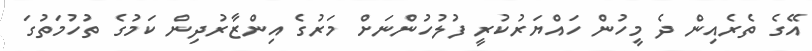
އޭގެ ތެރެއިން ދެ މީހުން ހައްޔަރުކުރީ ފުލުހުންނަށް މަރުގެ އިންޒާރުދިން ކަމުގެ ތުހުމަތުގަ